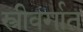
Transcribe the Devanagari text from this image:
स्त्रीवर्गात